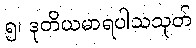
၅၊ ဒုတိယမာရပါသသုတ်